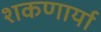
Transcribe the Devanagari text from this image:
शकणार्या